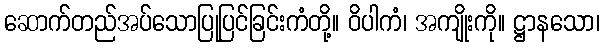
ဆောက်တည်အပ်သောပြုပြင်ခြင်းကံတို့။ ဝိပါကံ၊ အကျိုးကို။ ဋ္ဌာနသော၊